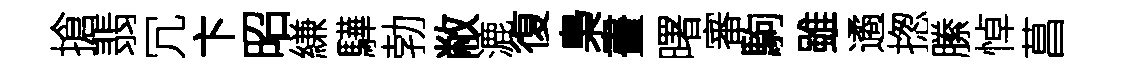
搶翡冗卞昭縑驊勃敝漉復梟畫曙審駒雖遹揔縢悼菖